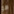
هو